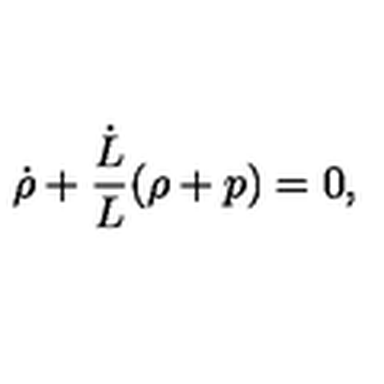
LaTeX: \dot { \rho } + \frac { \dot { L } } { L } ( \rho + p ) = 0 ,